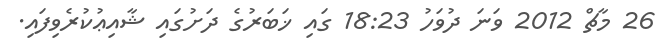
26 މާޗް 2012 ވަނަ ދުވަހު 18:23 ގައި ޚަބަރުގެ ދަށުގައި ޝާއިޢުކުރެވިފައި.